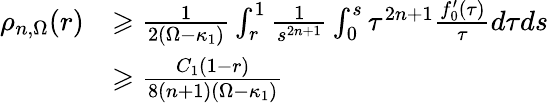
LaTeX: \begin{array}{rl}{\rho_{n,\Omega}(r)}&{\geqslant\frac{1}{2(\Omega-\kappa_{1})}\int_{r}^{1}\frac{1}{s^{2n+1}}\int_{0}^{s}{\tau^{2n+1}}\frac{f_{0}^{\prime}(\tau)}{\tau}d\tau ds}\\ &{\geqslant\frac{C_{1}(1-r)}{8(n+1)(\Omega-\kappa_{1})}}\end{array}